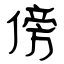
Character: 傍